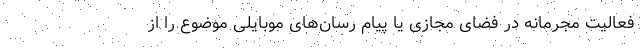
فعالیت مجرمانه در فضای مجازی یا پیام رسان‌های موبایلی موضوع را از